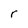
Character: r